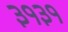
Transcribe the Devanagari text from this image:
३१३१